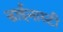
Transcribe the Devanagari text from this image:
डाईनास्टी